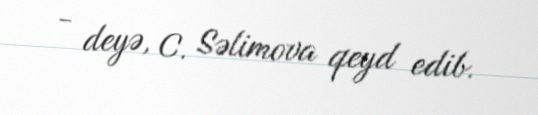
- deyə, C. Səlimova qeyd edib.